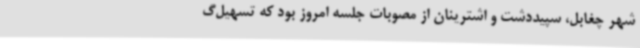
شهر چغابل، سپیددشت و اشترینان از مصوبات جلسه امروز بود که تسهیل‌گ